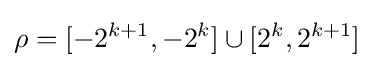
\rho =[-2^{k+1},-2^{k}]\cup [2^{k},2^{k+1}]